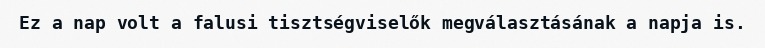
Ez a nap volt a falusi tisztségviselők megválasztásának a napja is.